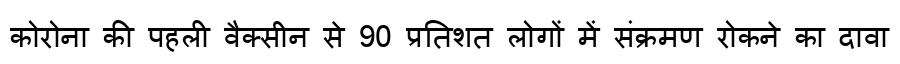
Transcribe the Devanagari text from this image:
कोरोना की पहली वैक्सीन से 90 प्रतिशत लोगों में संक्रमण रोकने का दावा